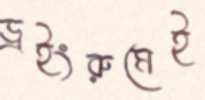
ড্রইংরুমেই